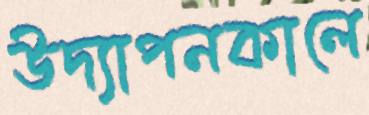
উদ্যাপনকালে